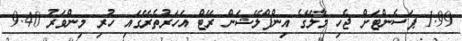
1.99 ޕަސެންޓަށް ޖެހި މާލޭގެ އިންފްލޭޝަން ރޭޓް އަހަރުތެރޭގައި ހުރި މިންވަރު 9.40